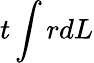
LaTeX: t\int rdL